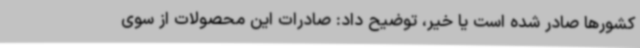
کشورها صادر شده است یا خیر، توضیح داد: صادرات این محصولات از سوی